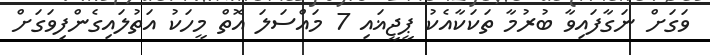
ވަގަށް ނަގާފައިވާ ބުރުމާ ތަކަކާއެކު ޕީޖީޣައި 7 މައްސަލަ އޮތް މީހަކު އަތުލައިގެންފިވަގަށް